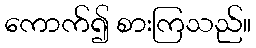
ကောက်၍ စားကြသည်။